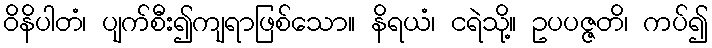
ဝိနိပါတံ၊ ပျက်စီး၍ကျရာဖြစ်သော။ နိရယံ၊ ငရဲသို့။ ဥပပဇ္ဇတိ၊ ကပ်၍